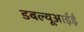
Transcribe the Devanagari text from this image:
डबल्यूआईई